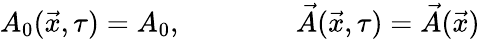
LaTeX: A_{0}(\vec{x},\tau)=A_{0},\qquad\qquad\vec{A}(\vec{x},\tau)=\vec{A}(\vec{x})